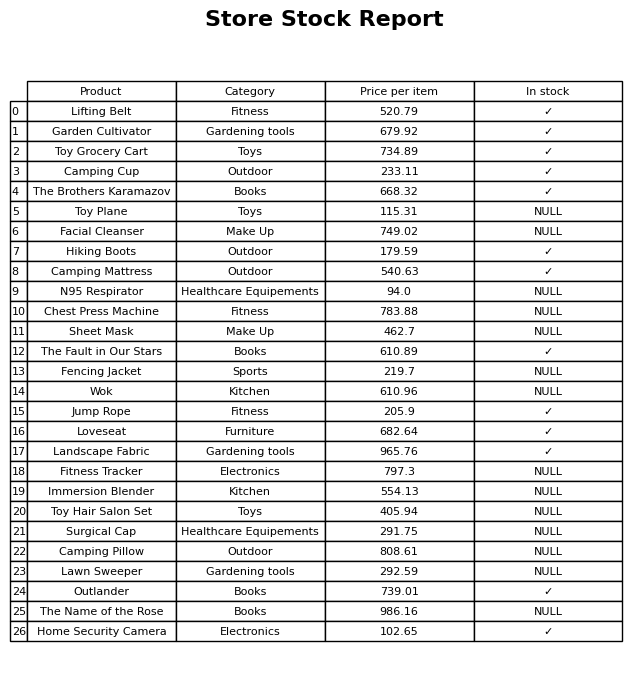
question: What is the price for Toy Grocery Cart?
answer: The price of Toy Grocery Cart is 734.89.